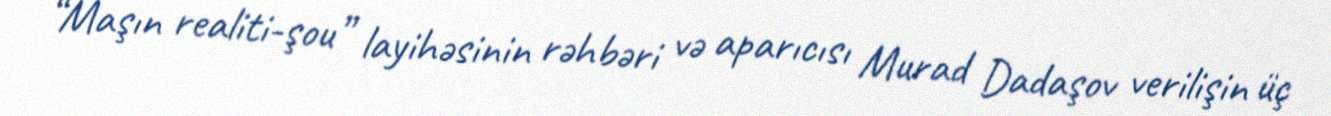
“Maşın realiti-şou” layihəsinin rəhbəri və aparıcısı Murad Dadaşov verilişin üç